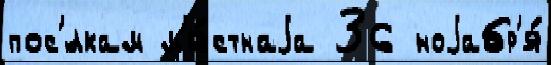
пос'́лкам м'е́стнаjа 36 ноjабр'я́